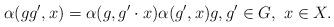
LaTeX: \begin{align*} \alpha(gg',x)=\alpha(g,g'\cdot x)\alpha (g',x) g,g'\in G, \ x\in X.\end{align*}